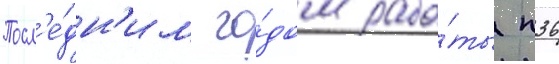
Посл'е́дн'им го́дом рабо́ты п36